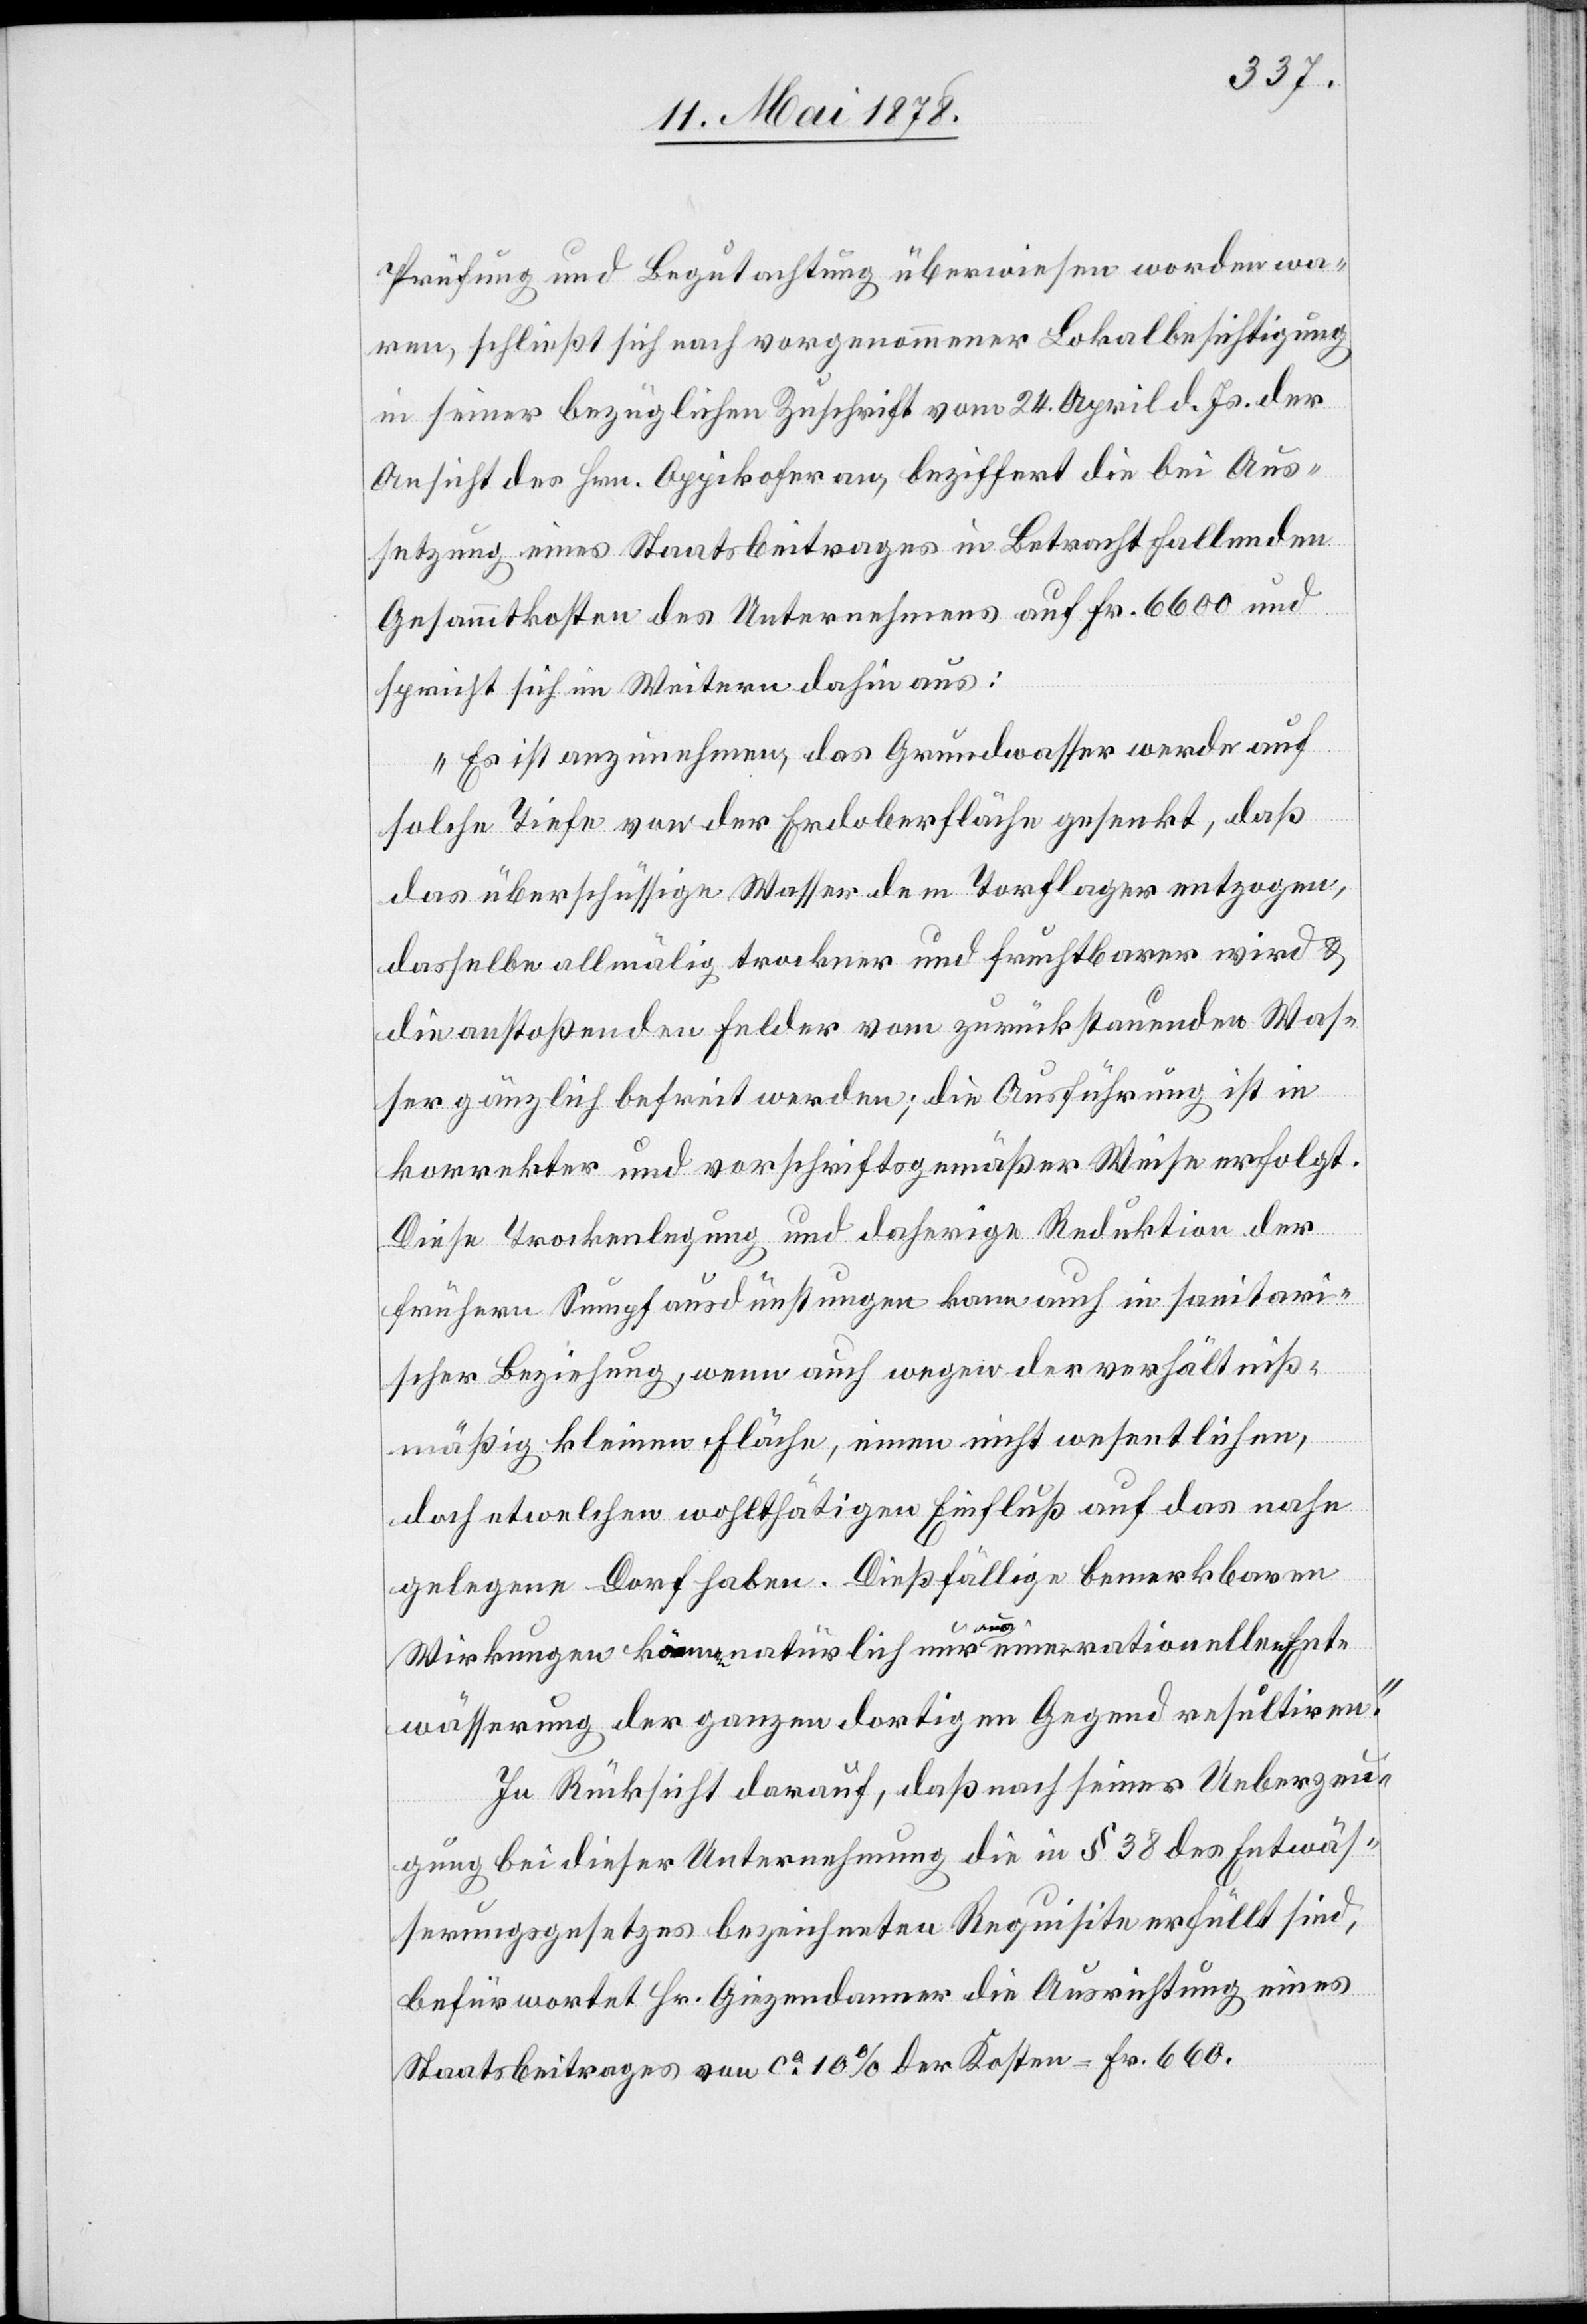
Prüfung und Begutachtung überwiesen worden wa¬
ren, schließt sich nach vorgenommener Lokalbesichtigung
in seiner bezüglichen Zuschrift vom 24. April d. Js. der
Ansicht des Hrn. Oppikofer an, beziffert die bei Aus¬
setzung eines Staatsbeitrages in Betracht fallenden
Gesammtkosten des Unternehmens auf Fr. 6600 und
spricht sich im Weitern dahin aus:
„Es ist anzunehmen, das Grundwasser werde auf
solche Tiefe von der Erdoberfläche gesenkt, daß
das überschüssige Wasser dem Torflager entzogen
dasselbe allmälig trockner und fruchtbarer wird &
die anstoßenden Felder vom zurückstauenden Was¬
ser gänzlich befreit werden, die Ausführung ist in
korrekter und vorschriftsgemäßer Weise erfolgt.
Diese Trockenlegung und daherige Reduktion der
frühern Sumpfausdünstungen kann auch in sanitari¬
scher Beziehung, wenn auch wegen der verhältniß¬
mäßig kleinen Fläche, einen nicht wesentlichen,
doch etwelchen wohlthätigen Einfluß auf das nahe
gelegene Dorf haben. Dießfällige bemerkbare
Wirkung könne natürlich nur aus einer rationellen Ent¬
wässerung der ganzen dortigen Gegend resultiren.“
In Rücksicht darauf, daß nach seiner Ueberzeu¬
gung bei dieser Unternehmung die in § 38 des Entwäs¬
serungsgesetzes bezeichneten Requisite erfüllt sind,
befürwortet Hr. Giezendanner die Ausrichtung eines
Staatsbeitrages von ca 10% der Kosten = Fr. 660.